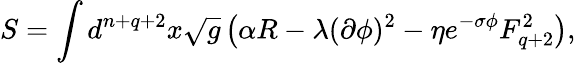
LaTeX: S=\int d^{n+q+2}x\sqrt{g}\left(\alpha R-\lambda(\partial\phi)^{2}-\eta e^{-\sigma\phi}F_{q+2}^{2}\right),